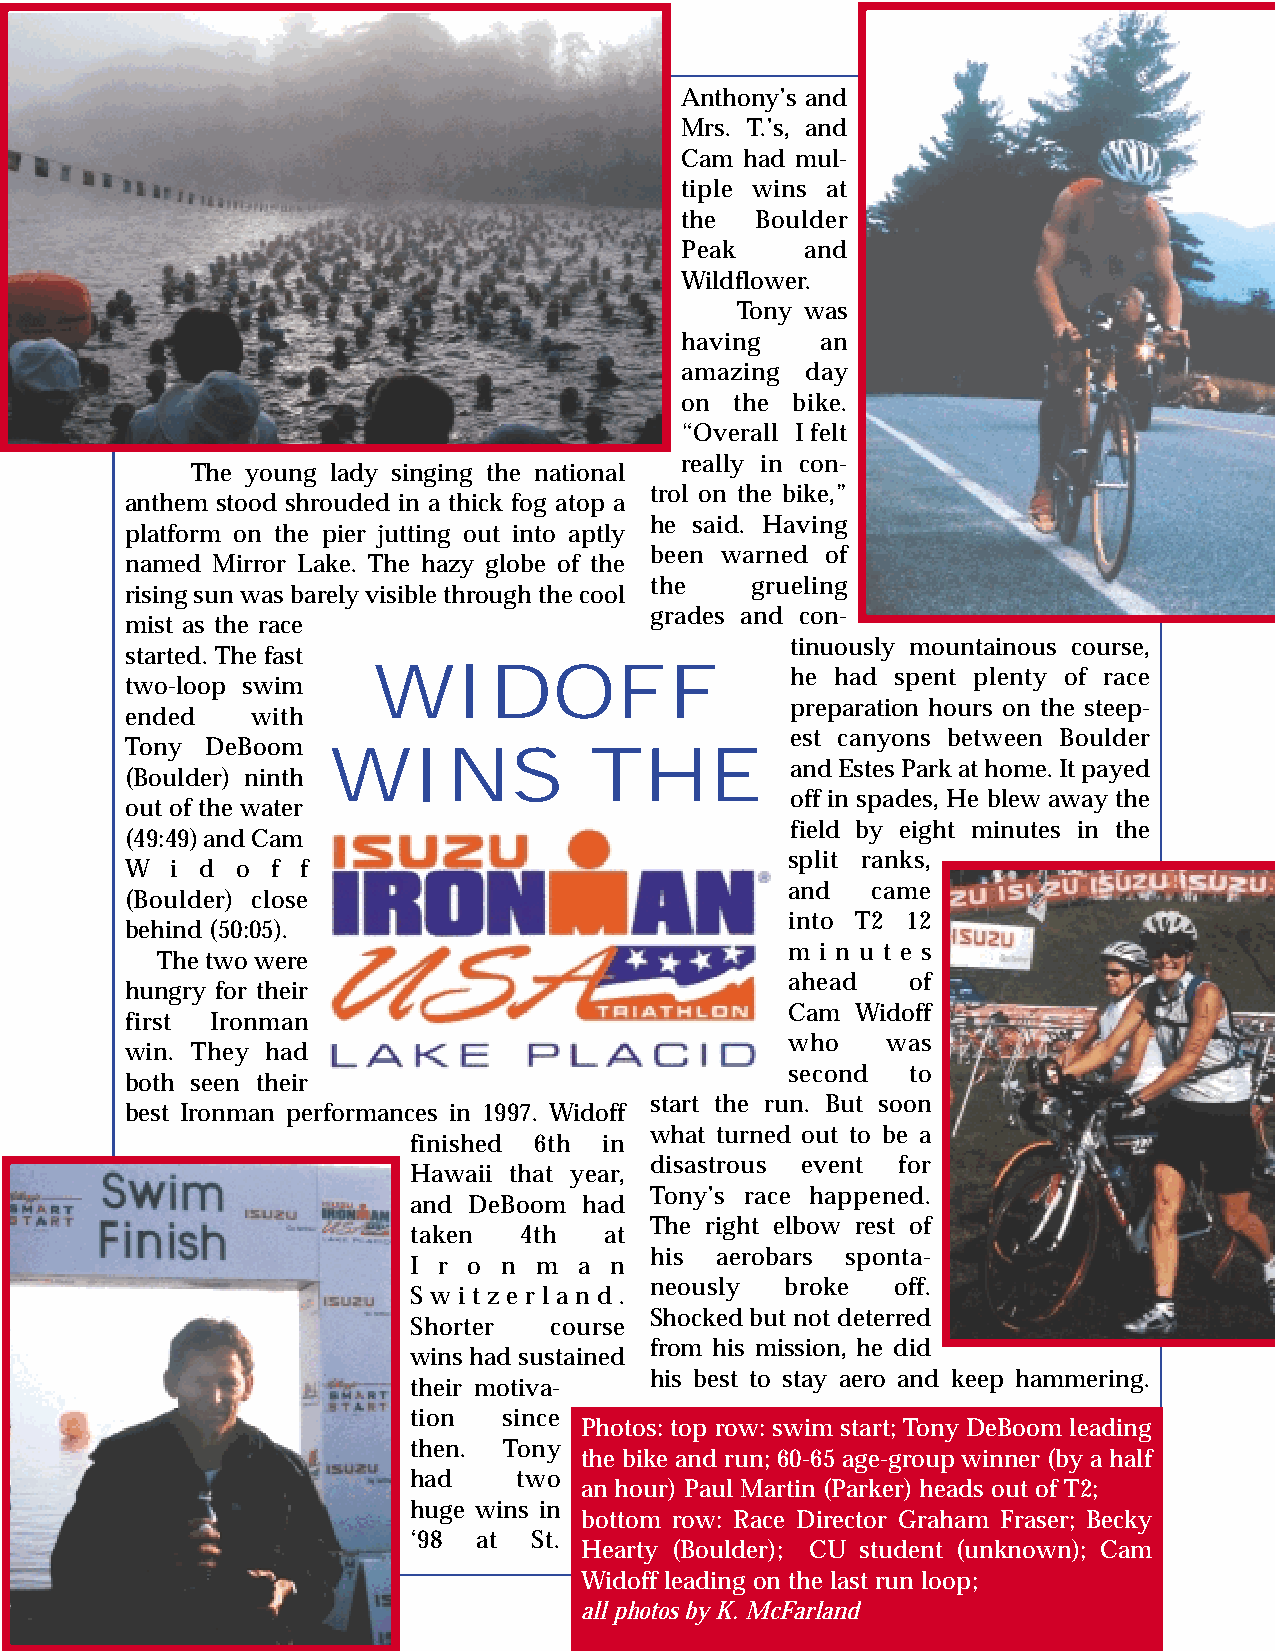
Anthony’s and
 Mrs. T.’s, and
 Cam had mul-
 tiple wins at
 the  Boulder
 Peak    and
 Wildflower.
 Tony was
 having   an
 amazing day
 on  the bike.
 “Overall I felt
 really in con-
 The young lady singing the national
 trol on the bike,”
 anthem stood shrouded in a thick fog atop a
 he said. Having
 platform on the pier jutting out into aptly
 been warned of
 named Mirror Lake. The hazy globe of the
 the    grueling
 rising sun was barely visible through the cool
 grades and con-
 mist as the race
 tinuously mountainous course,
 started. The fast
 WIDOFF                     he had spent plenty of race
 two-loop swim
 preparation hours on the steep-
 ended    with
 est canyons between Boulder
 Tony  DeBoom
 WINS             THE
 and Estes Park at home. It payed
 (Boulder) ninth
 off in spades, He blew away the
 out of the water
 field by eight minutes in the
 (49:49) and Cam
 split ranks,
 W  i d  o f f
 and   came
 (Boulder) close
 into T2 12
 behind (50:05).
 m i n u t e s
 The two were
 ahead   of
 hungry for their
 Cam  Widoff
 first Ironman
 who    was
 win. They had
 second  to
 both seen their
 start the run. But soon
 best Ironman performances in 1997. Widoff
 what turned out to be a
 finished 6th in
 disastrous event for
 Hawaii that year,
 Tony’s race happened.
 and DeBoom  had
 The right elbow rest of
 taken  4th   at
 his aerobars sponta-
 I r o n m  a n
 neously  broke  off.
 S w i t z e r l a n d .
 Shocked but not deterred
 Shorter  course
 from his mission, he did
 wins had sustained
 his best to stay aero and keep hammering.
 their motiva-
 tion  since
 Photos: top row: swim start; Tony DeBoom leading
 then. Tony
 the bike and run; 60-65 age-group winner (by a half
 had    two
 an hour) Paul Martin (Parker) heads out of T2;
 huge wins in
 bottom row: Race Director Graham Fraser; Becky
 ‘98  at St.
 Hearty (Boulder); CU student (unknown); Cam
 Widoff leading on the last run loop;
 all photos by K. McFarland